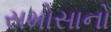
સમોસાનો